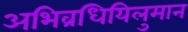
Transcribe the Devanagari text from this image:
अभिव्रधियिलुमान